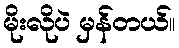
မိုးလိုပဲ မှန်တယ်။